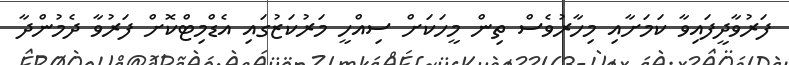
ފަރުވާދީފައިވާ ކަމަށާއި މިހާރުވެސް ތިން މީހަކަށް ސިއްހީ މަރުކަޒުގައި އެޑްމިޓްކޮށް ފަރުވާ ދެމުންދާ